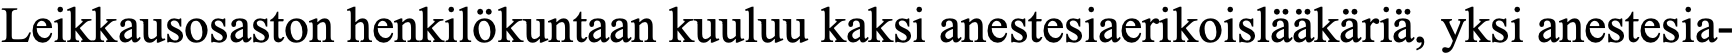
Leikkausosaston henkilökuntaan kuuluu kaksi anestesiaerikoislääkäriä, yksi anestesia-